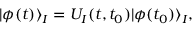
| \phi ( t ) \rangle _ { I } = U _ { I } ( t , t _ { 0 } ) | \phi ( t _ { 0 } ) \rangle _ { I } ,